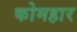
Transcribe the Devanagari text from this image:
कोमहार